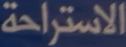
الاستراحة